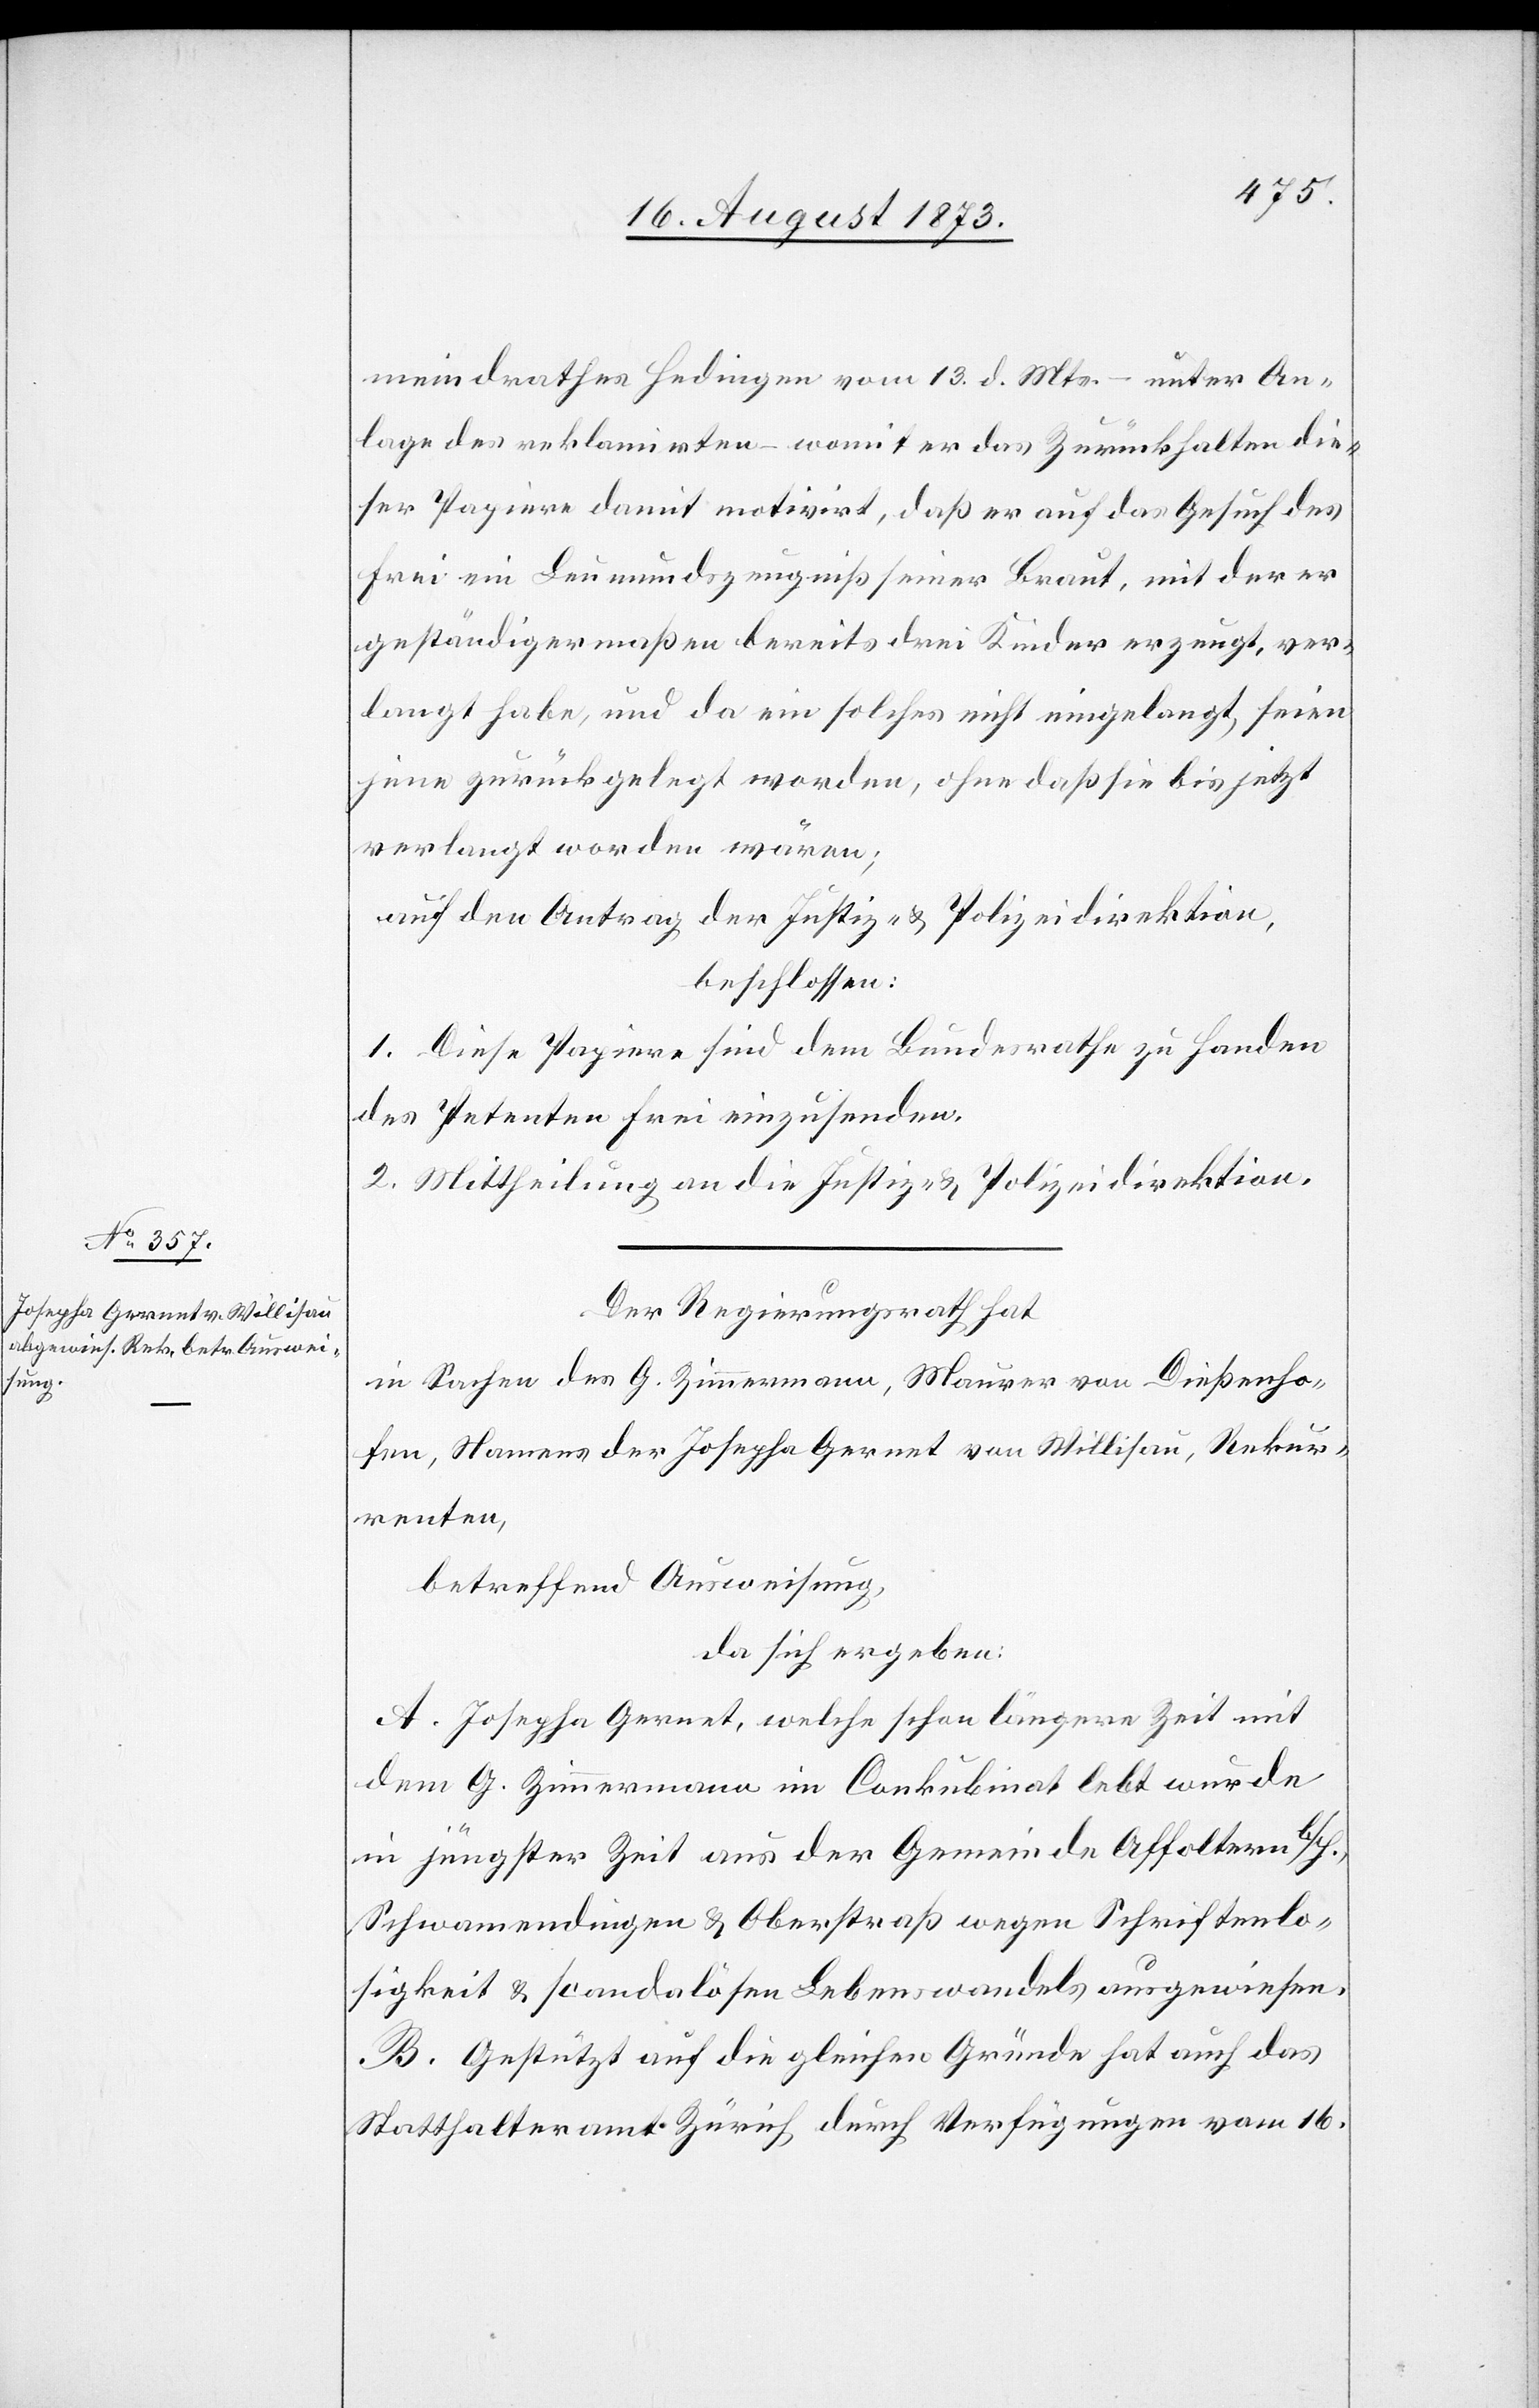
meindrathes Hedingen vom 13. d. Mts. – unter An¬
lage des reklamirten – womit er das Zurückhalten die¬
ser Papiere damit motivirt, daß er auf das Gesuch des
Frei ein Leumundszeugniß seiner Braut, mit der er
geständigermaßen bereits drei Kinder erzeugt, ver¬
langt habe, und da ein solches nicht eingelangt, seien
jene zurückgelegt worden, ohne daß sie bis jetzt
verlangt worden wären;
auf den Antrag der Justiz- & Polizeidirektion,
beschlossen:
1. Diese Papiere sind dem Bundesrathe zu Handen
des Petenten Frei einzusenden.
2. Mittheilung an die Justiz- & Polizeidirektion.
Der Regierungsrath hat
in Sachen des G. Zimmermann, Maurer von Dießenho¬
fen, Namens der Josepha Gernet von Willisau, Rekur¬
renten,
betreffend Ausweisung,
da sich ergeben:
A. Josepha Gernet, welche schon längere Zeit mit
dem G. Zimmermann im Conkubinat lebt wurde
in jüngster Zeit aus der Gemeinde Affoltern b/H.,
Schwamendingen & Oberstraß wegen Schriftenlo¬
sigkeit & scandalösen Lebenswandels ausgewiesen.
B. Gestützt auf die gleichen Gründe hat auch das
Statthalteramt Zürich durch Verfügungen vom 16.